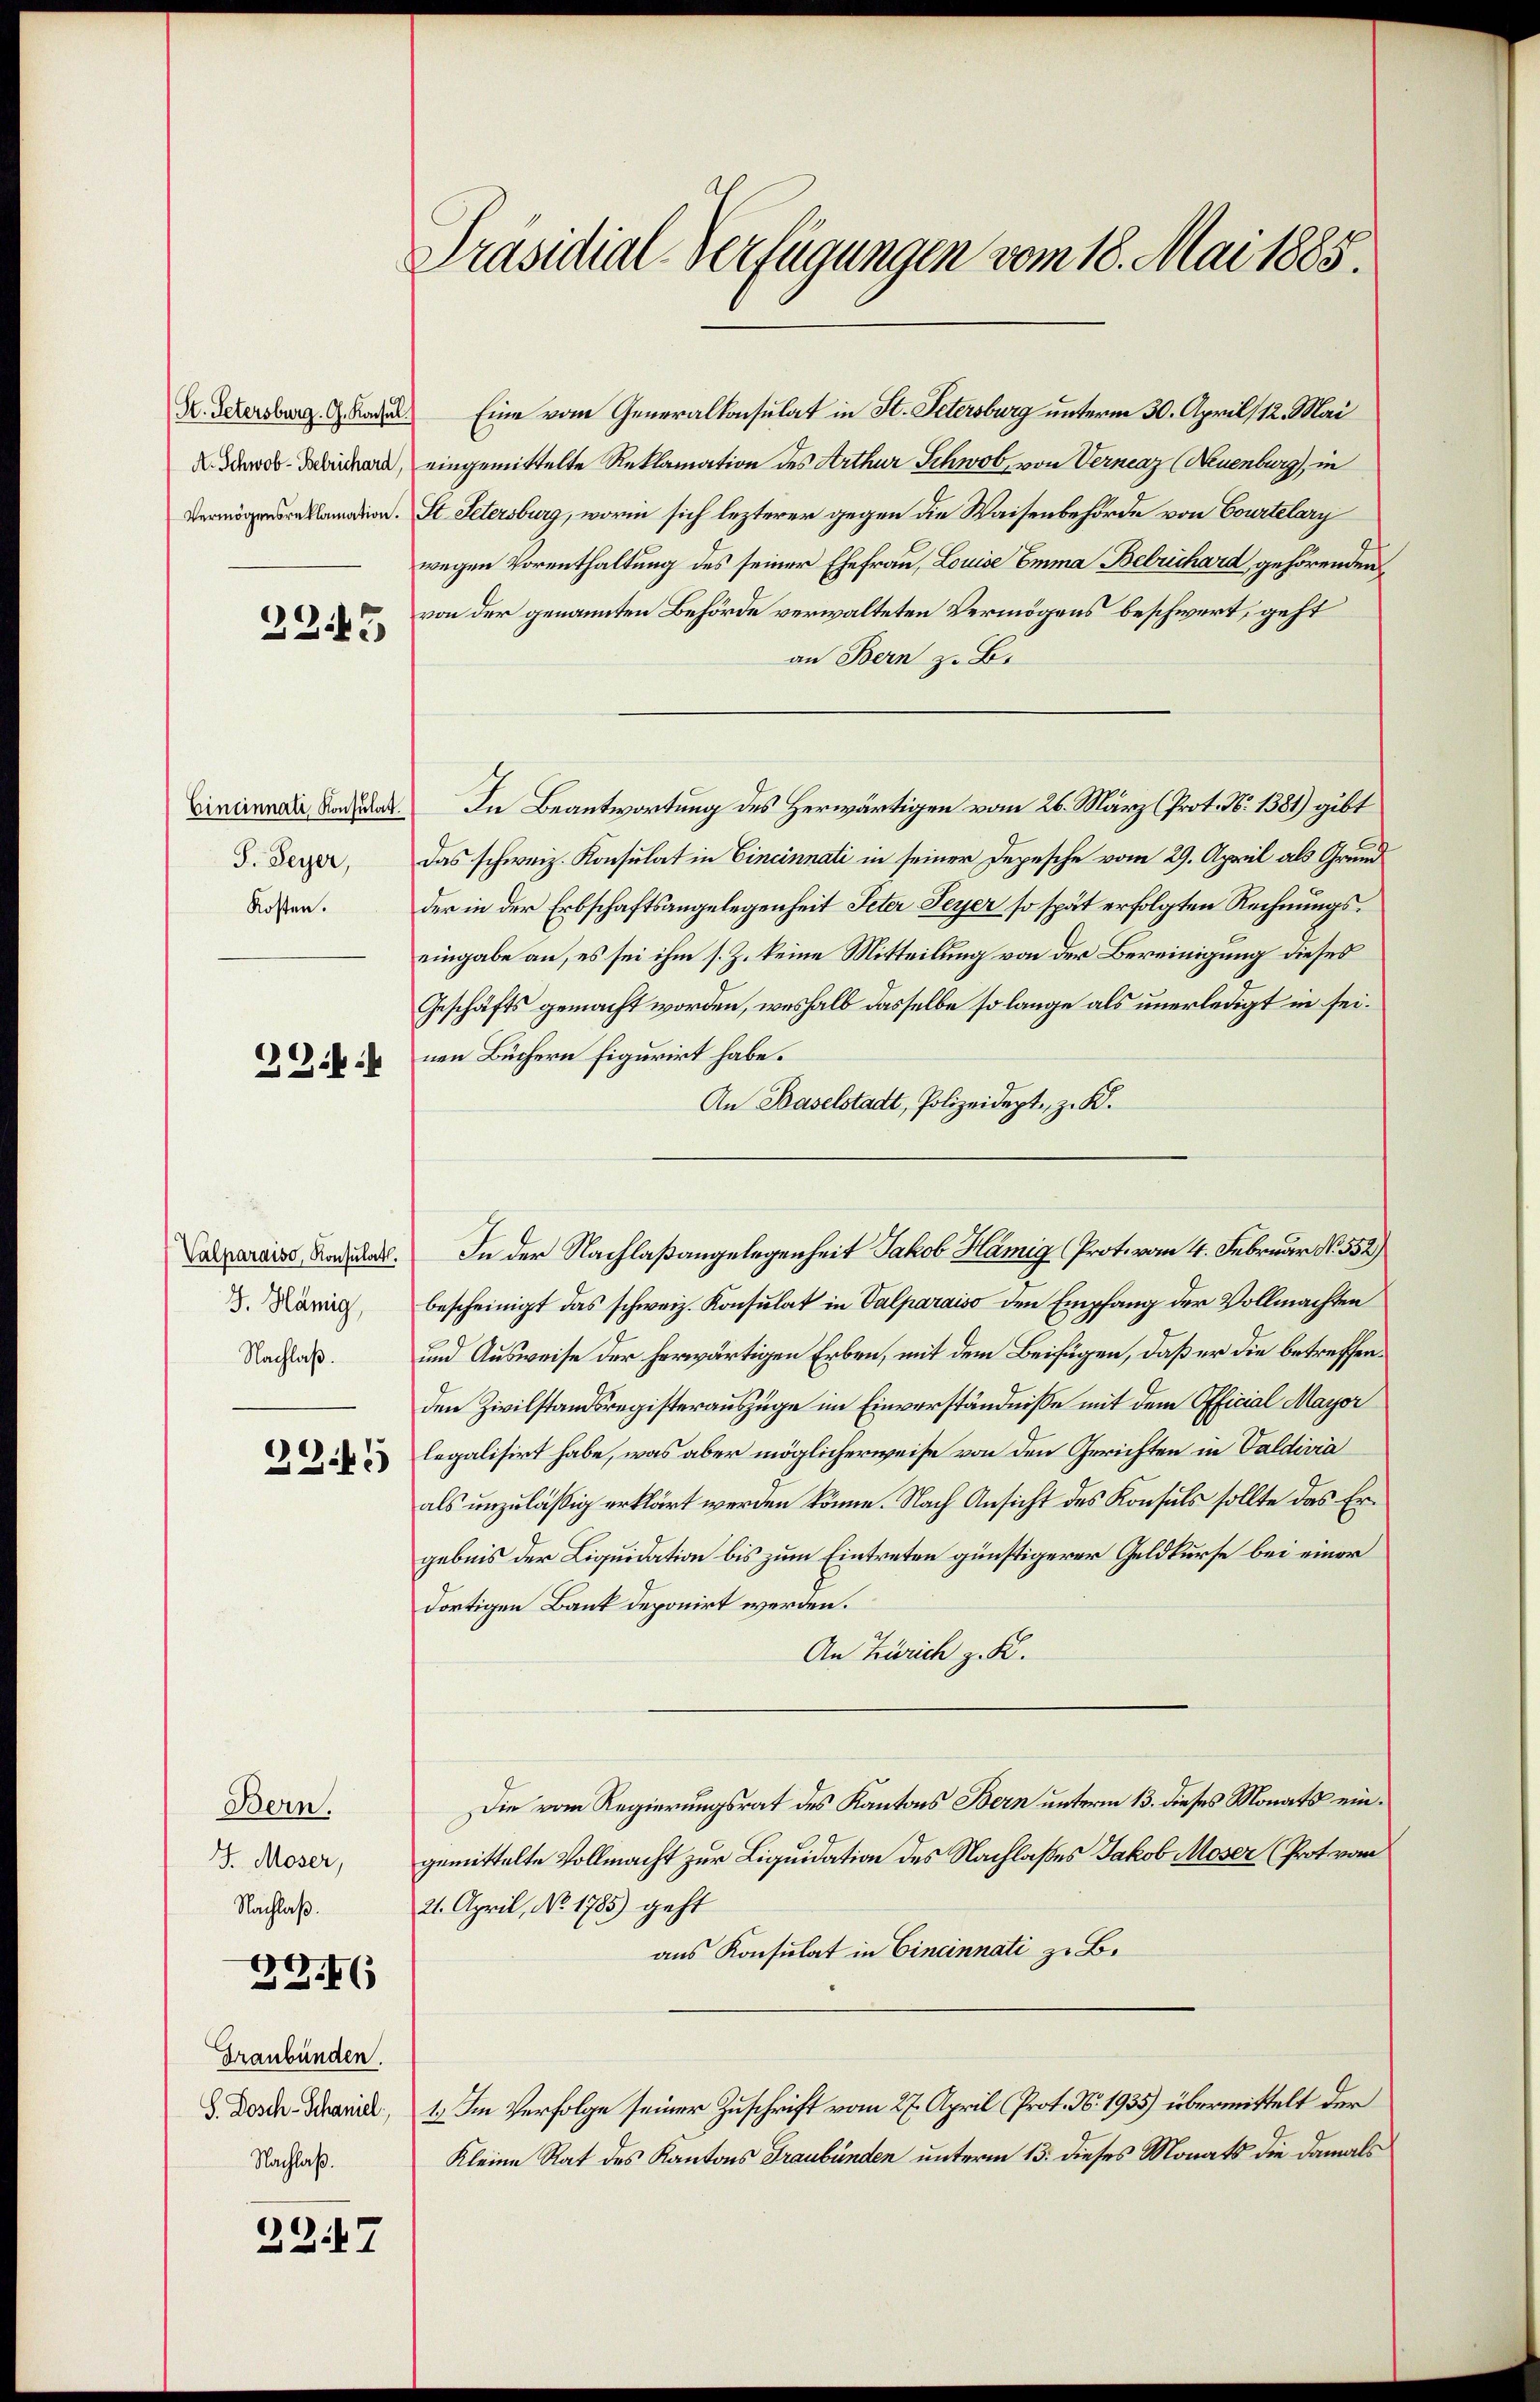
H. Petersburg. G. Konsul
A. Schwob-Berichard,
Vermögensreklamation.

2245

Cincinnati Konsulat
S. Peyer,
Kosten.

G.f.

Valparaiso, Konsulat.
J. Hämig,
Nachlaß.

2345

Bern.
J. Moser,
Nachlaß.

39. 6

Graubünden.
S. Dosch-Schaniel
Nachlaß.

2247

Präsidial-Verfügungen vom 18. Mai 1885.

Eine vom Generalkonsulat in St. Petersburg unterm 30. April 12. Mai
eingemittelte Reklamation des Arthur Schwab, von Verneaz (Neuenburg, in
St. Petersburg, worin sich lezterer gegen die Waisenbehörde von Courtelary
wegen Vorenthaltung des seiner Ehefrau, Louise Emma Belrichard gehörenden
von der genannten Behörde verwalteten Vermögens beschwert, geht
an Bern z. B.
In Beantwortung des Herwärtigen vom 26. März (Prot. N. 1381) gibt
Das schweiz. Konsulat in Cincinnati in seiner Depesche vom 29. April als Grund
der in der Erbschaftsangelegenheit Peter Seyer so spät erfolgten Rechnungseingabe an, es sei ihm s. Z. keine Mitteilung von der Bereinigung dieses
Geschäfts gemacht worden, weshalb dasselbe so lange als unerledigt in seinen Büchern figurirt habe.
An Baselstadt, Polizeidept, z. K.
bescheinigt das schweiz. Konsulat in Valparaiso den Empfang der Vollmachten
und Ausweise der herwärtigen Erben, mit dem Beifügen, daß er die betreffen.
den Zivilstandsregisterauszüge im Einverständnisse mit dem Official Mayor
legalisirt habe, was aber möglicherweise von den Gerichten in Valdivia
als unzuläßig erklärt werden könne. Nach Ansicht des Konsuls sollte das Ergebnis der Liquidation bis zum Eintreten günstigerer Geldkurse bei einer
dortigen Bank deponirt werden.
An Zürich z. K.
Die vom Regierungsrat des Kantons Bern unterm 13. dieses Monats eingemittelte Vollmacht zur Liquidation des Nachlasses Jakob Moser (Prot von
21. April, No. 1785) geht
aus Konsulat in Cincinnati zu B.
1.) Im Verfolge seiner Zuschrift vom 27. April (Prot. N. 1935) übermittelt der
Kleine Rat des Kantons Graubünden unterm 13. dieses Monats die damals

In der Nachlaßangelegenheit Jakob Hämig (Prot. vom 4. Februar No. 552)